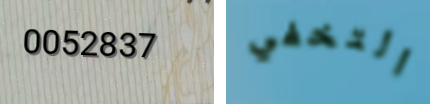
0052837 التخفي